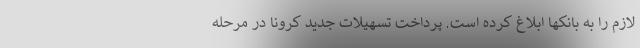
لازم را به بانکها ابلاغ کرده است. پرداخت تسهیلات جدید کرونا در مرحله